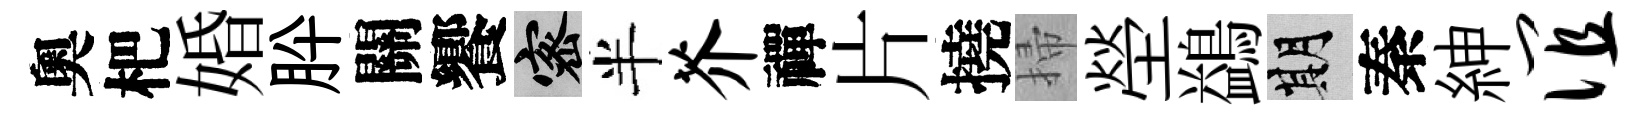
奧杷婚肸關饗密半芥禪片撓掃塋鷁期秦紳谊